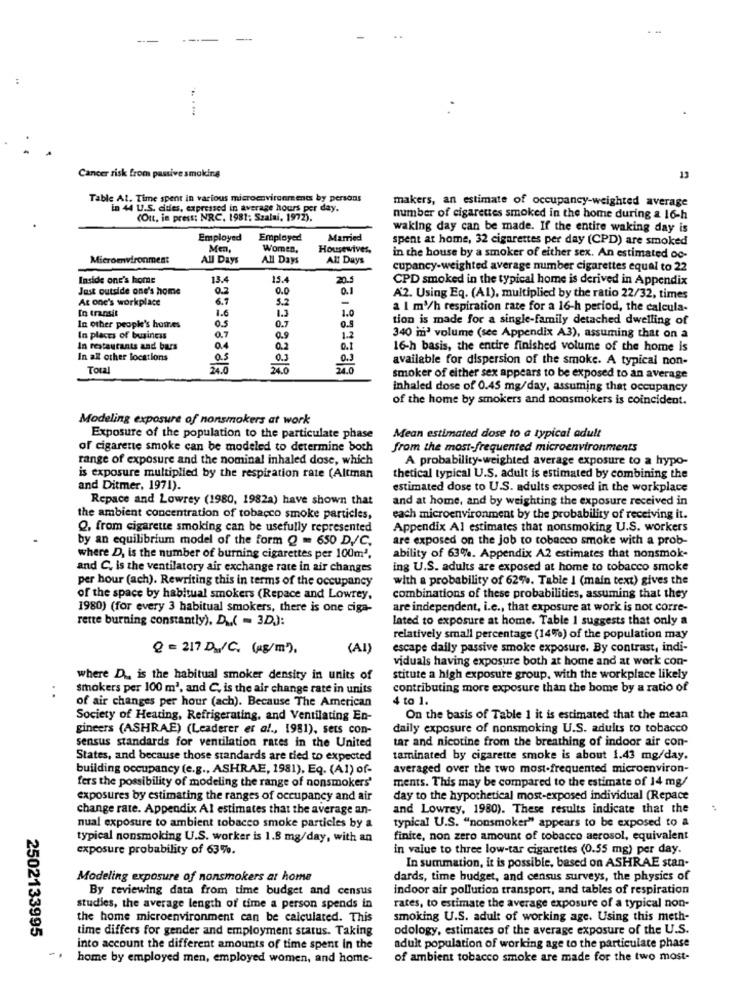
Cancer risk from passive smoking
13
Table At. Time spent in various microenvironments by persons
makers, an estimate of occupancy-weighted average
in 44 U.S. dies, expressed in average hours per day.
(Out, in press; NRC, 1981; Szalai, 1972).
number of cigarettes smoked in the home during a 16-h
waking day can be made. If the entire waking day is
Employed
Employed
Married
spent at home, 32 cigarettes per day (CPD) are smoked
Men
Women.
Housewives.
Microenvironment
All Days
All Days
All Days
in the house by a smoker of either sex. An estimated oc-
cupancy-weighted average number cigarettes equal to 22
Inside one's home
13.4
15.
20.5
CPD smoked in the typical home is derived in Appendix
Just outside one's home
0.2
0.0
0.1
At one's workplace
6.9
5.2
A2. Using Eq. (Al), multiplied by the ratio 22/32, times
In transit
1.6
1.0
a I m3/h respiration rate for a 16-h period, the calcula-
In other people's homes
05
tion is made for a single-family detached dwelling of
0.7
0.5
In places of business
1.2
340 in' volume (see Appendix A3), assuming that on a
In restaurants and bars
0.4
0.2
16-h basis, the entire finished volume of the home is
In all other locations
O.S
0.3
0.3
available for dispersion of the smoke. A typical non-
Total
24.0
210
smoker of either sex appears to be exposed to an average
inhaled dose of 0.45 mg/day, assuming that occupancy
of the home by smokers and nonsmokers is coincident.
Modeling exposure of nonsmokers at work
Exposure of the population to the particulate phase
Mean estimated dose to a typical adult
of cigarette smoke can be modeled to determine both
from the most-frequented microenvironments
range of exposure and the nominal inhaled dose, which
A probability-weighted average exposure to a hypo-
is exposure multiplied by the respiration rate (Altman
thetical typical U.S. adult is estimated by combining the
and Ditmer, 1971).
estimated dose to U.S. adults exposed in the workplace
Repace and Lowrey (1980, 1982a) have shown that
and at home, and by weighting the exposure received in
the ambient concentration of tobacco smoke particles,
each microenvironment by the probability of receiving it.
Q, from cigarette smoking can be usefully represented
Appendix Al estimates that nonsmoking U.S. workers
by an equilibrium model of the form Q = 650 D./C.
are exposed on the job to tobacco smoke with a prob-
where D, is the number of burning cigarettes per 100m'.
ability of 63%. Appendix A2 estimates that nonsmok-
and C, is the ventilatory air exchange rate in air changes
ing U.S. adults are exposed at home to tobacco smoke
per hour (ach). Rewriting this in terms of the occupancy
with a probability of 62%. Table I (main text) gives the
of the space by habitual smokers (Repace and Lowrey,
combinations of these probabilities, assuming that they
1980) (for every 3 habitual smokers, there is one ciga-
are independent, i.c ., that exposure at work is not corre-
rette burning constantly), Du( = 3D):
lated to exposure at home. Table I suggests that only a
relatively small percentage (14%) of the population may
Q = 217 D./C. (kg/m)
(AI)
escape daily passive smoke exposure. By contrast, indi-
viduals having exposure both at home and at work con-
where D ., is the habitual smoker density in units of
stitute a high exposure group, with the workplace likely
smokers per 100 m2, and C, is the air change rate in units
contributing more exposure than the home by a ratio of
of air changes per hour (ach). Because The American
4 to 1.
Society of Heating, Refrigerating, and Ventilating En-
On the basis of Table 1 it is estimated that the mean
gineers (ASHRAE) (Leaderer er al ., 1981), sets con-
daily exposure of nonsmoking U.S. adults to tobacco
tar and nicotine from the breathing of indoor air con-
sensus standards for ventilation rates in the United
States, and because those standards are tied to expected
taminated by cigarette smoke is about 1.43 mg/day.
building occupancy (e.g ., ASHRAE, 1981), Eq. (A1) of-
averaged over the two most-frequented microenviron-
ments. This may be compared to the estimate of 14 mg/
fers the possibility of modeling the range of nonsmokers'
exposures by estimating the ranges of occupancy and air
day to the hypothetical most-exposed individual (Repace
change rate. Appendix Al estimates that the average an-
and Lowrey, 1980). These results indicate that the
nual exposure to ambient tobacco smoke particles by a
typical U.S. "nonsmoker" appears to be exposed to a
typical nonsmoking U.S. worker is 1.8 mg/day, with an
finite, non zero amount of tobacco aerosol, equivalent
exposure probability of 63%.
in value to three low-tar cigarettes (0.55 mg) per day.
In summation, it is possible, based on ASHRAE stan-
Modeling exposure of nonsmokers at home
dards, time budget, and census surveys, the physics of
By reviewing data from time budget and census
indoor air pollution transport, and tables of respiration
studies, the average length of time a person spends in
rates, to estimate the average exposure of a typical non-
the home microenvironment can be calculated. This
smoking U.S. adult of working age. Using this meth-
2502133995
time differs for gender and employment status. Taking
odology, estimates of the average exposure of the U.S.
into account the different amounts of time spent In the
adult population of working age to the particulate phase
home by employed men, employed women, and home-
of ambient tobacco smoke are made for the two most-